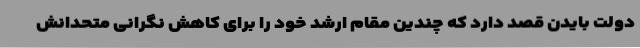
دولت بایدن قصد دارد که چندین مقام ارشد خود را برای کاهش نگرانی متحدانش